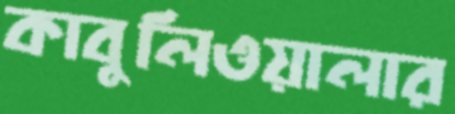
কাবুলিওয়ালার